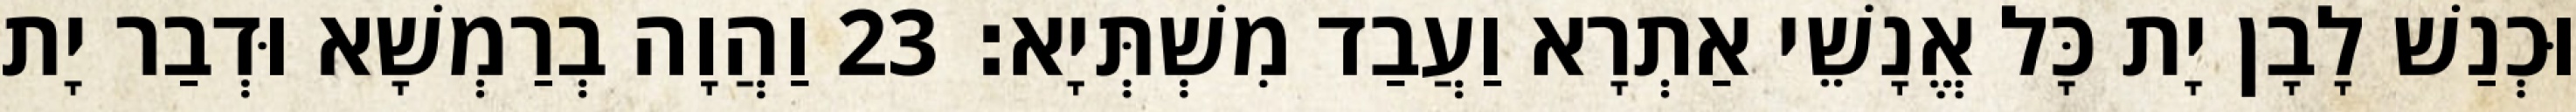
וּכְנַשׁ לָבָן יָת כָּל אֱנָשֵׁי אַתְרָא וַעֲבַד מִשְׁתְּיָא׃ 23 וַהֲוָה בְרַמְשָׁא וּדְבַר יָת